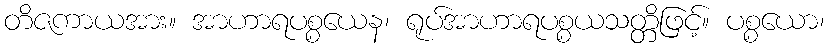
တိဇကာယအား။ အာဟာရပစ္စယေန၊ ရုပ်အာဟာရပစ္စယသတ္တိဖြင့်။ ပစ္စယော၊